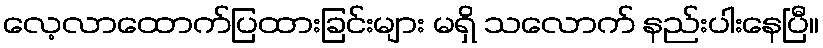
လေ့လာထောက်ပြထားခြင်းများ မရှိ သလောက် နည်းပါးနေပြီ။